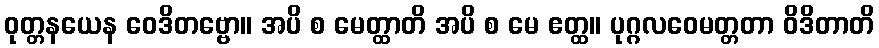
ဝုတ္တနယေန ဝေဒိတဗ္ဗော။ အပိ စ မေတ္ထာတိ အပိ စ မေ ဧတ္ထ။ ပုဂ္ဂလဝေမတ္တတာ ဝိဒိတာတိ